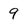
Character: 9